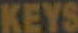
KEYS